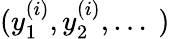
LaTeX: (y_{1}^{(i)},y_{2}^{(i)},\dots\ )